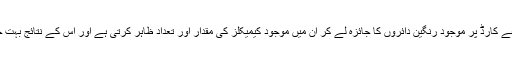
یہ ایپ اے آئی کے ذریعے کارڈ پر موجود رنگین دائروں کا جائزہ لے کر ان میں موجود کیمیکلز کی مقدار اور تعداد ظاہر کرتی ہے اور اس کے نتائج بہت حد تک درست ہوتے ہیں۔